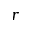
r